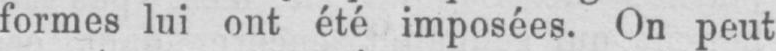
formes lui ont été imposées. On peut